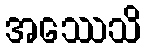
အဿေသိ